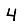
Digit: 4